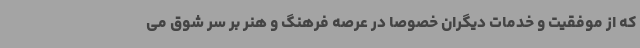
که از موفقیت و خدمات دیگران خصوصا در عرصه فرهنگ و هنر بر سر شوق می